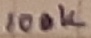
Text: 100K